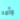
وأمه